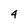
Character: 4